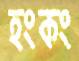
হংকং